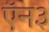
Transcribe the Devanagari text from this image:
ऍन३